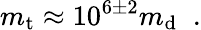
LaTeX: m_{\mathrm{t}}\approx 10^{6\pm 2}m_{\mathrm{d}}\; \; .